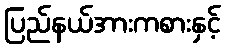
ပြည်နယ်အားကစားနှင့်